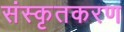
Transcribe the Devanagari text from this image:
संस्कृतकरण